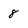
Character: 8